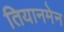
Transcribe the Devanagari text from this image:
तियानमेन